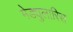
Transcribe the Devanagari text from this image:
मेड्युलारिस